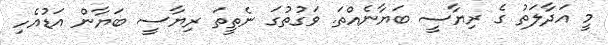
މީ އަދާލަތު ގެ ރިޔާސީ ބަޔާނެއްތަ. ވަގުތުގަ ނެތީތަ ރިޔާސީ ބަޔާން އަޑުއެހި